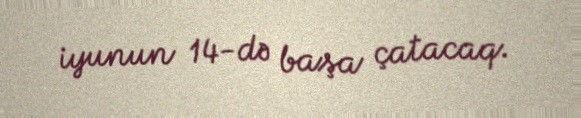
iyunun 14-də başa çatacaq.